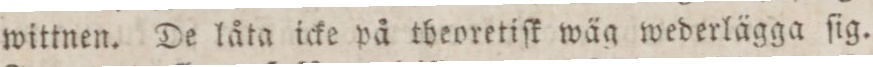
wittnen. De låta icke på theoretiſk wäg wederlägga ſig.